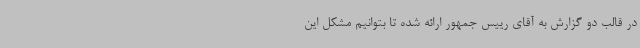
در قالب دو گزارش به آقای رییس جمهور ارائه شده تا بتوانیم مشکل این